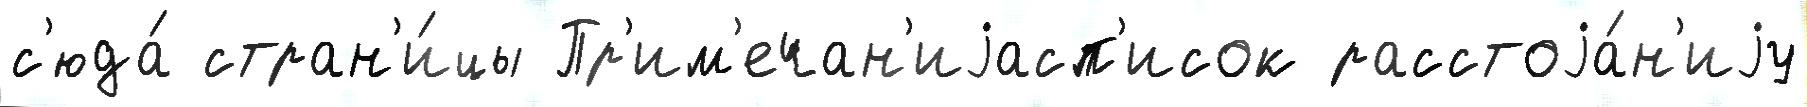
с'юда́ стран'и́цы Пр'им'ечан'иjасп'исок расстоjа́н'иjу